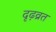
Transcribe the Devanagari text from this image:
दृढ़व्रत